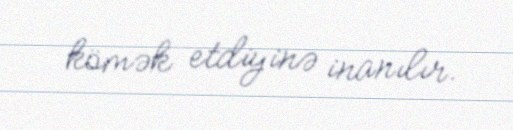
kömək etdiyinə inanılır.